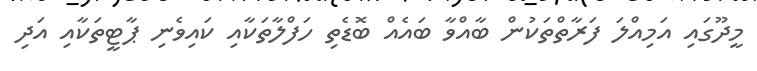
މީދޫގައި އަމިއްލަ ފަރާތްތަކުން ބާއްވާ ބައެއް ބޮޑެތި ހަފްލާތަކާއި ކައިވެނި ޕާޓީތަކާއި އަދި